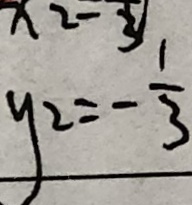
y _ { 2 } = - \frac { 1 } { 3 }